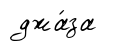
джа́за